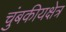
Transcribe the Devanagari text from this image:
चुंबकीयक्षेत्र